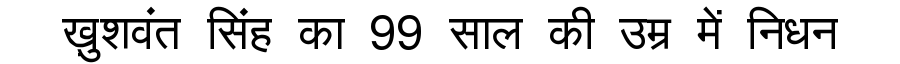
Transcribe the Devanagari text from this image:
ख़ुशवंत सिंह का 99 साल की उम्र में निधन